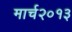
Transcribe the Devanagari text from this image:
मार्च२०१३